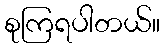
စုကြရပါတယ်။